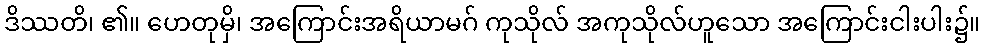
ဒိဿတိ၊ ၏။ ဟေတုမှိ၊ အကြောင်းအရိယာမဂ် ကုသိုလ် အကုသိုလ်ဟူသော အကြောင်းငါးပါး၌။